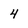
Character: 4